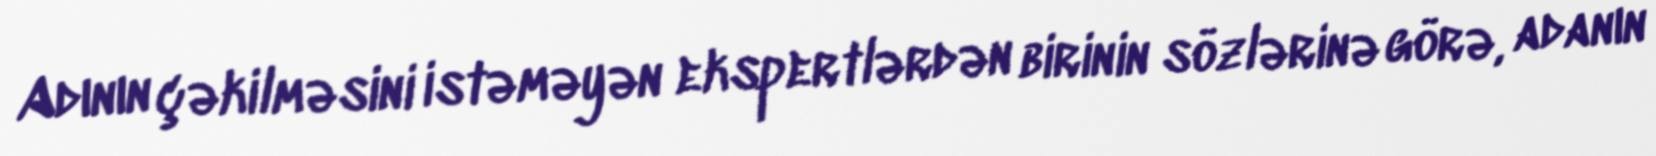
Adının çəkilməsini istəməyən ekspertlərdən birinin sözlərinə görə, adanın